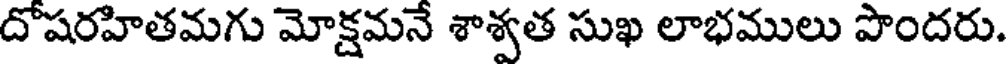
దోషరహితమగు మోక్షమనే శాశ్వత సుఖ లాభములు పొందరు.